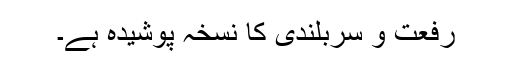
رفعت و سربلندی کا نسخہ پوشیدہ ہے۔